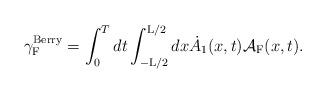
LaTeX: \begin{align*}{\gamma}_{\rm F}^{\rm Berry} = \int_{0}^{T} dt \int_{-{\rm L}/2}^{{\rm L}/2} dx \dot{A}_1(x,t) {\cal A}_{\rm F}(x,t).\end{align*}